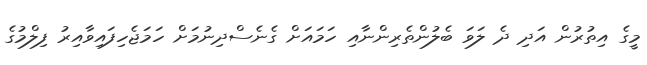
މީގެ އިތުރުން އަދި ދެ ލަވަ ބެލުންތެރިންނާއި ހަމައަށް ގެނެސްދިނުމަށް ހަމަޖެހިފައިވާއިރު ފިލްމުގެ